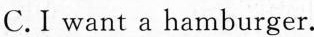
C.I want a hamburger.